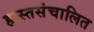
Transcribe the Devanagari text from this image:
हास्तसंचालित